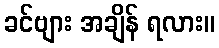
ခင်ဗျား အချိန် ရလား။